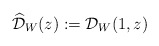
\begin{align*}\widehat{\mathcal{D}}_W(z):=\mathcal{D}_W(1,z)\end{align*}